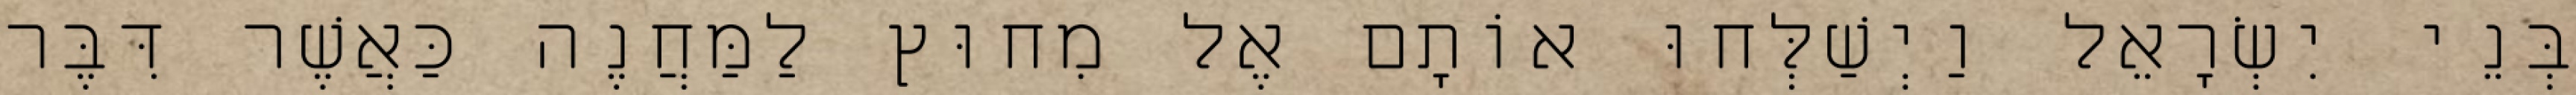
בְּנֵי יִשְׂרָאֵל וַיְשַׁלְּחוּ אוֹתָם אֶל מִחוּץ לַמַּחֲנֶה כַּאֲשֶׁר דִּבֶּר